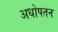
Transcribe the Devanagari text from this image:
अधोपतन